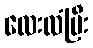
လေးလံပြီး